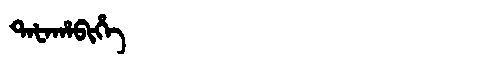
Manchu: ᡨᠠᡶᠠᡥᠠᠪᡳᡥᡝ
Romanization: TAFAHABIHE